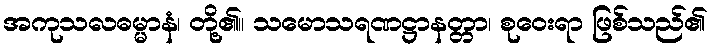
အကုသလဓမ္မာနံ၊ တို့၏။ သမောသရဏဋ္ဌာနတ္တာ၊ စုဝေးရာ ဖြစ်သည်၏